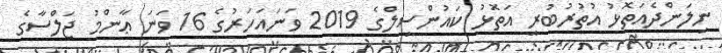
ނިލަންދެއަތޮޅު އުތުރުބުރީ އަތޮޅު ކައުންސިލްގެ 2019 ވަނައަހަރުގެ 16 ވަނަ ޢާންމު ޖަލްސާގެ